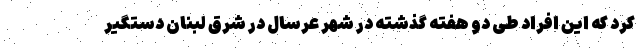
کرد که این افراد طی دو هفته گذشته در شهر عرسال در شرق لبنان دستگیر